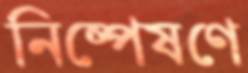
নিষ্পেষণে